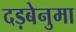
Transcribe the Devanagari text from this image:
दड़बेनुमा